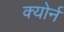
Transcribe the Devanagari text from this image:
क्योर्न